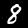
Digit: 8